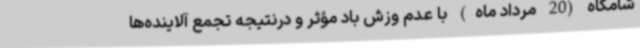
شامگاه (20 مرداد ماه) با عدم وزش باد مؤثر و درنتیجه تجمع آلاینده‌ها